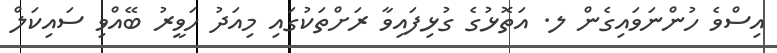
އިސްވެ ހުންނަވައިގެން ލ. އަތޮޅުގެ ގުޅިފައިވާ ރަށްތަކުގައި މިއަދު ހަވީރު ބޭއްވި ސައިކަލް